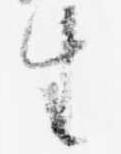
生